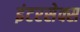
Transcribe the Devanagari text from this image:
इंटरसेक्स